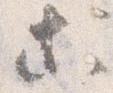
等